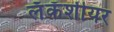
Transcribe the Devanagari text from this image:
लॅकॅशीयर